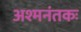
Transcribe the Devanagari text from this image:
अश्‍मनंतकः